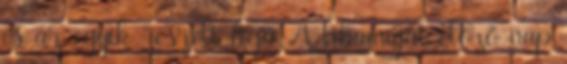
és az egyik reszelt héja A libamájat előző nap